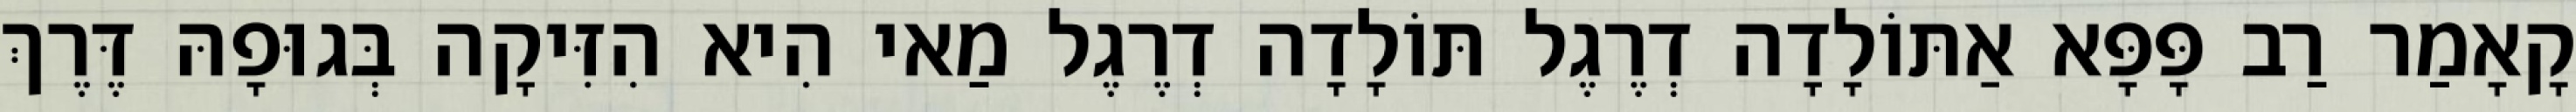
קָאָמַר רַב פָּפָּא אַתּוֹלָדָה דְרֶגֶל תּוֹלָדָה דְרֶגֶל מַאי הִיא הִזִּיקָה בְּגוּפָהּ דֶּרֶךְ